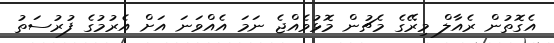
އެގޮތުން ރެއާލް މިރޭގެ މެޗުން މޮޅުވެއްޖެ ނަމަ އެއްވަނަ އަށް އެރުމުގެ ފުރުސަތު